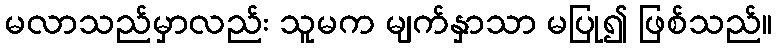
မလာသည်မှာလည်း သူမက မျက်နှာသာ မပြု၍ ဖြစ်သည်။